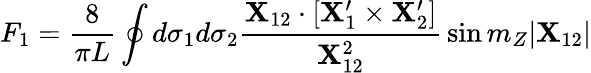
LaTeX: F_{1}={\frac{8}{\pi L}}\oint d\sigma_{1}d\sigma_{2}{\frac{{\mathbf X}_{12}\cdot[{\mathbf X}_{1}^{\prime}\times{\mathbf X}_{2}^{\prime}]}{{\mathbf X}_{12}^{2}}}\sin m_{Z}|{\mathbf X}_{12}|